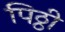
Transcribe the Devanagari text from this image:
पिठ्ठी